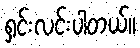
ရှင်းလင်းပါတယ်။